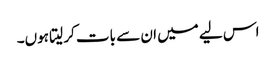
اس لیے میں ان سے بات کر لیتا ہوں۔